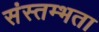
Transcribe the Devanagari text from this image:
संस्तम्भता